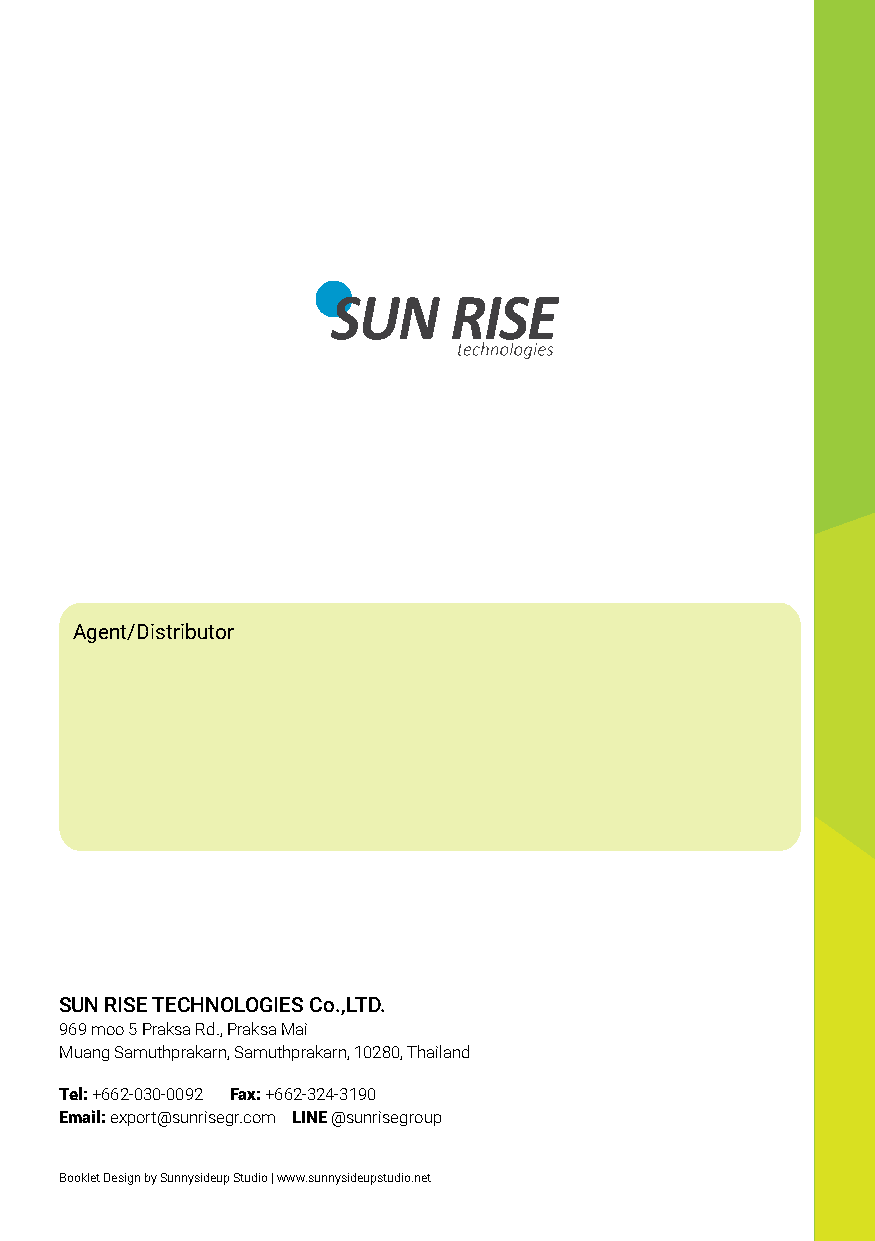
Agent/Distributor
 SUN RISE TECHNOLOGIES Co.,LTD.
 969 moo 5 Praksa Rd., Praksa Mai
 Muang Samuthprakarn, Samuthprakarn, 10280, Thailand
 Tel: +662-030-0092 Fax: +662-324-3190
 Email: export@sunrisegr.com LINE @sunrisegroup
 Booklet Design by Sunnysideup Studio | www.sunnysideupstudio.net